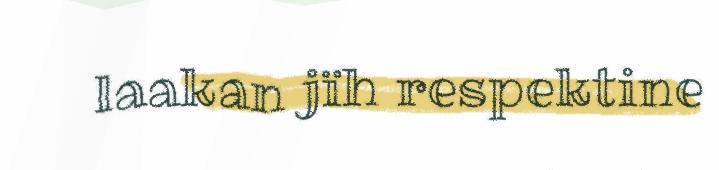
laakan jïh respektine